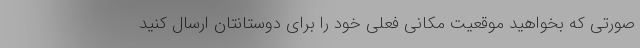
صورتی که بخواهید موقعیت مکانی فعلی خود را برای دوستانتان ارسال کنید